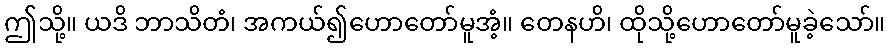
ဤသို့။ ယဒိ ဘာသိတံ၊ အကယ်၍ဟောတော်မူအံ့။ တေနဟိ၊ ထိုသို့ဟောတော်မူခဲ့သော်။